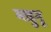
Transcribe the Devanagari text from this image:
माहुनू